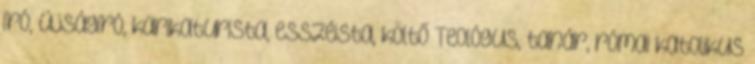
író, újságíró, karikaturista, esszéista, költő Teológus, tanár, római katolikus